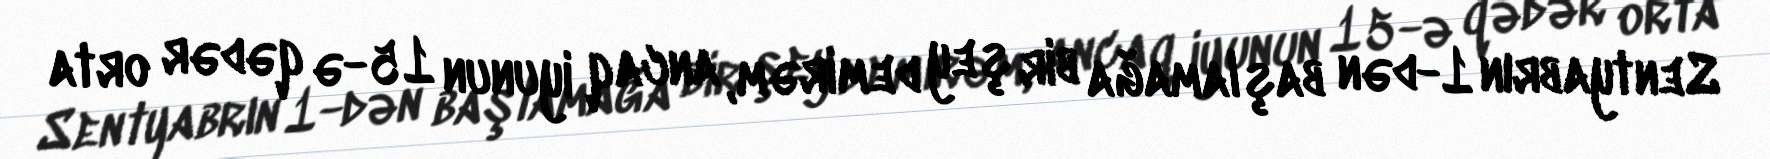
Sentyabrın 1-dən başlamağa bir şey demirəm, ancaq iyunun 15-ə qədər orta